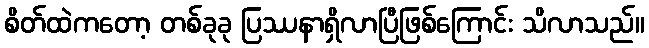
စိတ်ထဲကတော့ တစ်ခုခု ပြဿနာရှိလာပြီဖြစ်ကြောင်း သိလာသည်။